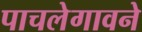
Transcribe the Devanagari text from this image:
पाचलेगावने